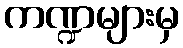
ကဏ္ဍများမှ